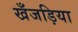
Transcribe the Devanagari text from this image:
खँजड़िया